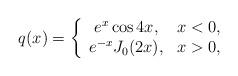
LaTeX: \begin{align*}q(x)=\left\{\begin{array}[c]{cc}e^{x}\cos4x, & x<0,\\e^{-x}J_{0}(2x), & x>0,\end{array}\right. \end{align*}